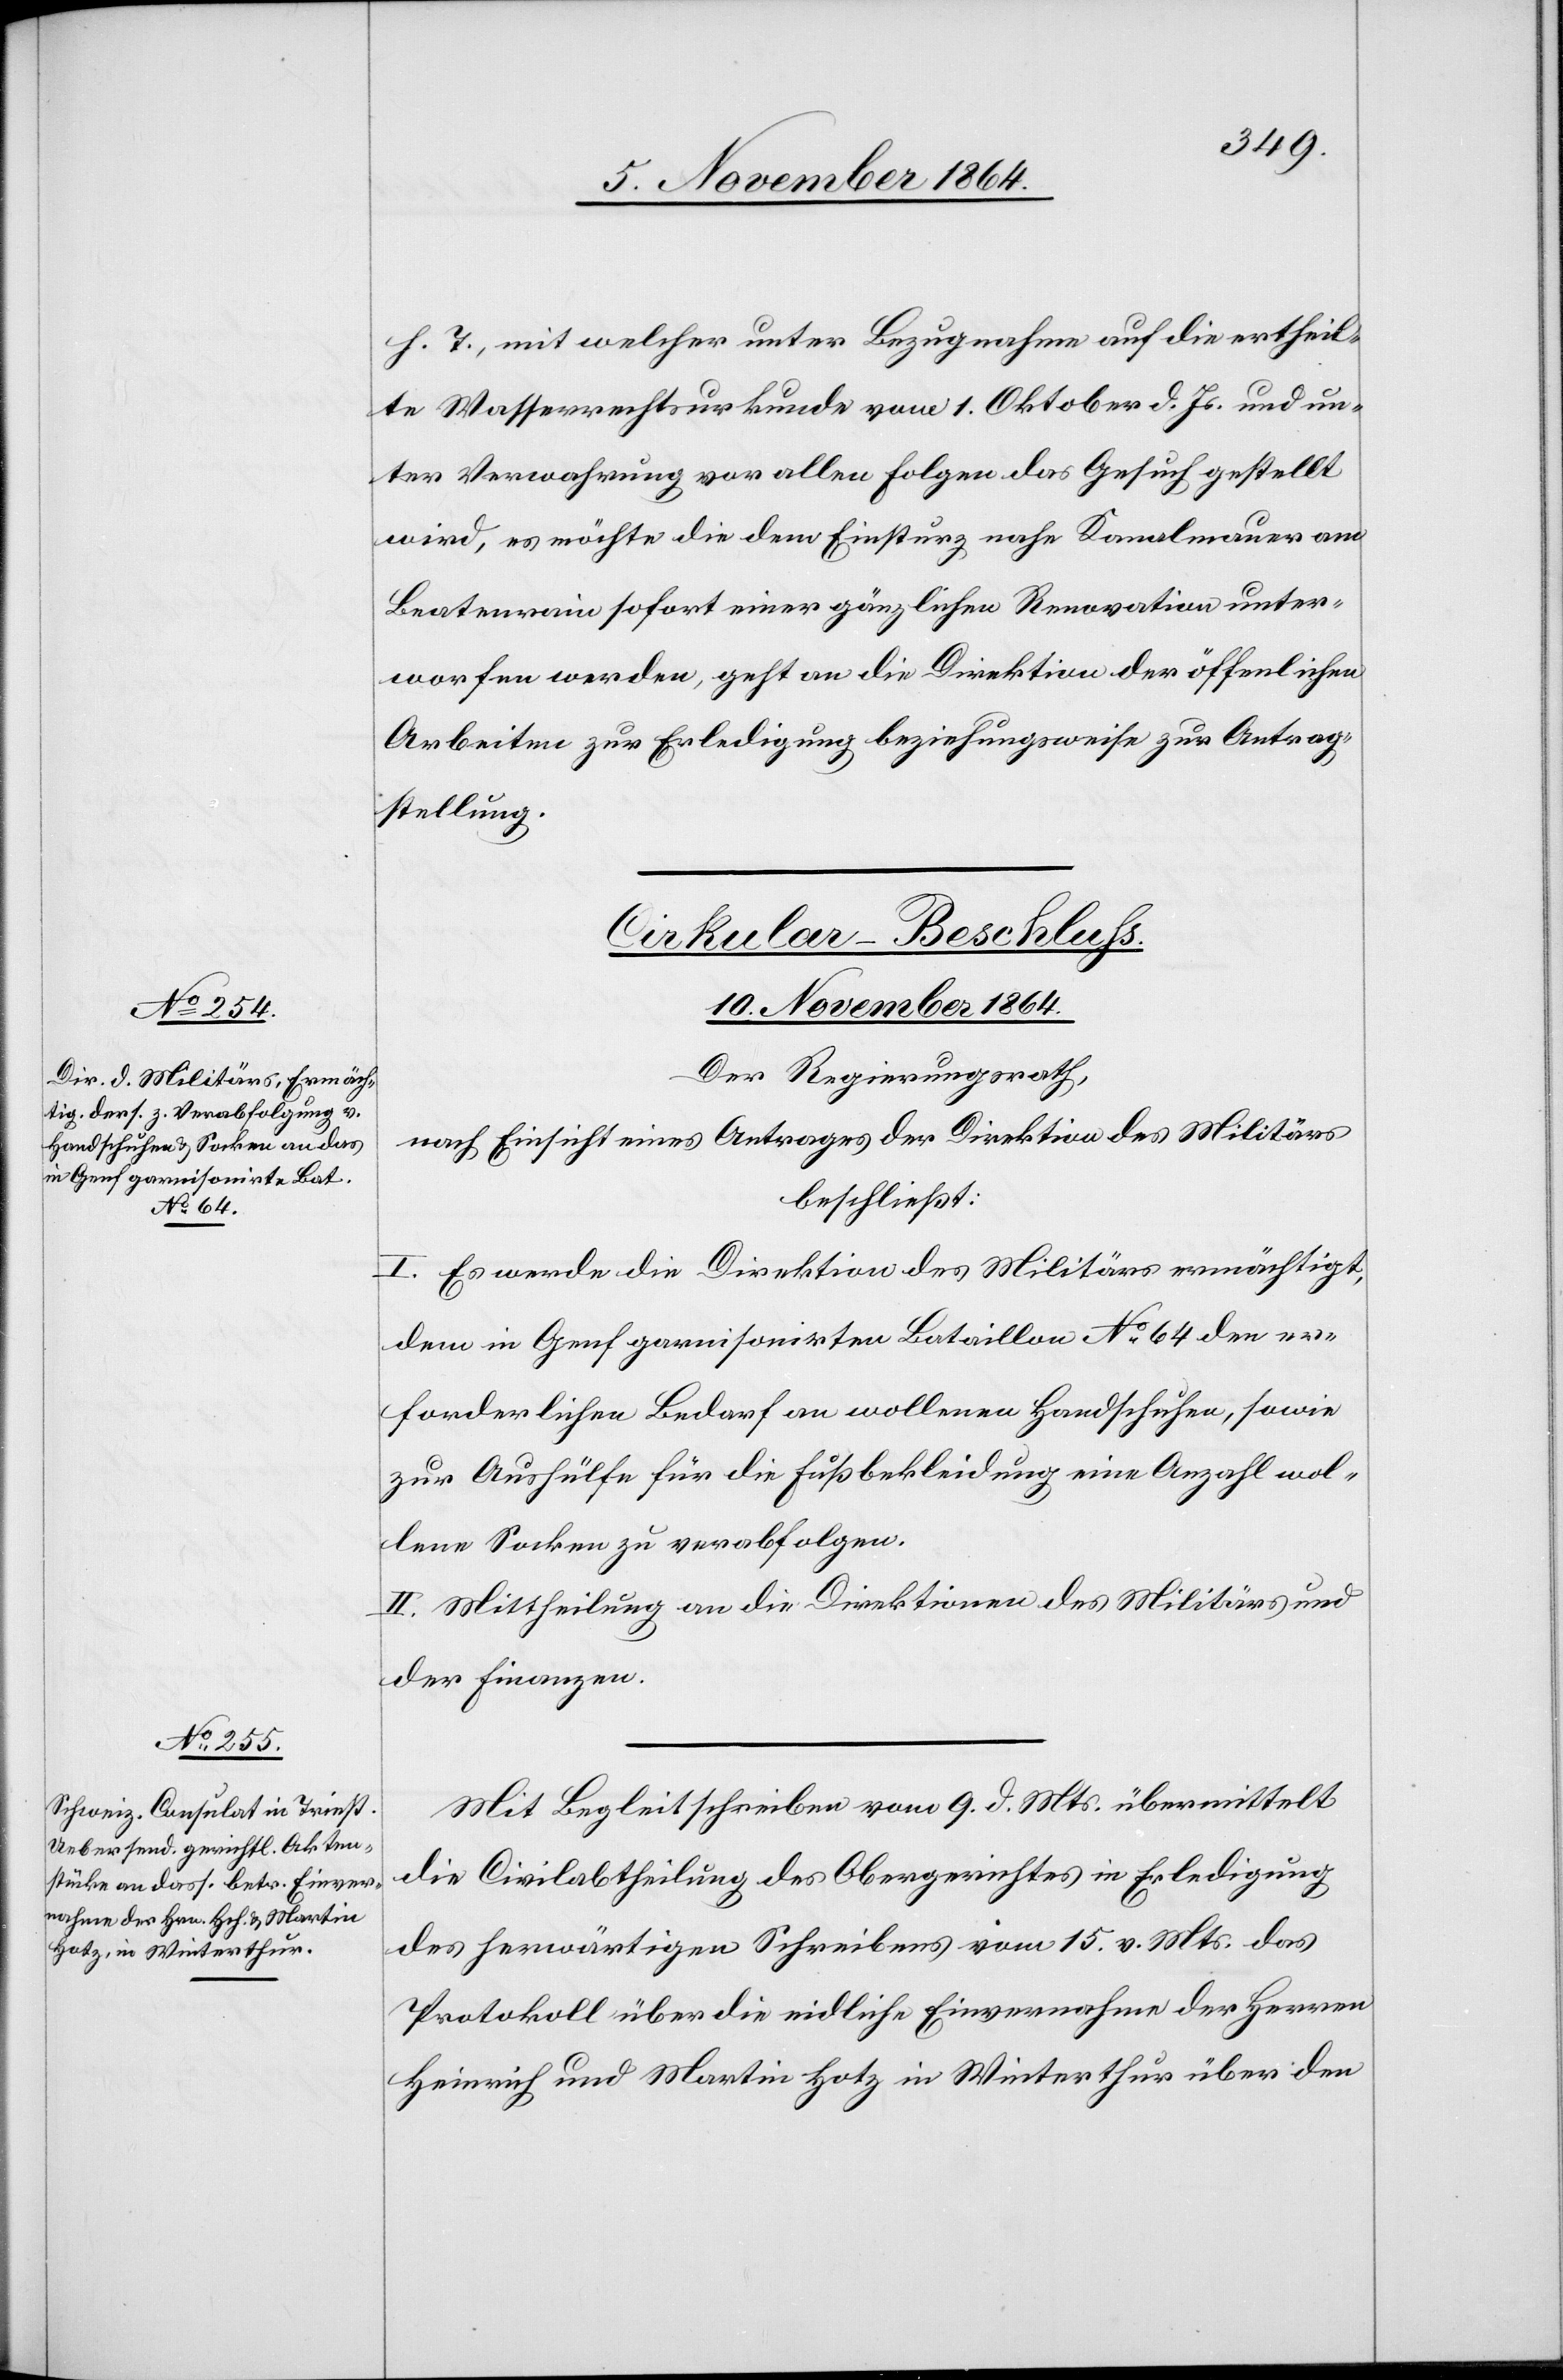
h. T., mit welcher unter Bezugnahme auf die ertheil¬
te Wasserrechtsurkunde vom 1. Oktober d. Js. und un¬
ter Verwahrung vor allen Folgen das Gesuch gestellt
wird, es möchte die dem Einsturz nahe Kanalmauer am
Beatenrain sofort einer gänzlichen Renovation unter¬
worfen werden, geht an die Direktion der öffentlichen
Arbeiten zur Erledigung beziehungsweise zur Antrag¬
stellung.
[Präsidial-Verfügungen.
10. November 1864.]
Der Regierungsrath,
nach Einsicht eines Antrages der Direktion des Militärs
beschließt:
I. Es werde die Direktion des Militärs ermächtigt,
dem in Genf garnisonirten Bataillon No 64 den er¬
forderlichen Bedarf an wollenen Handschuhen, sowie
zur Aushülfe für die Fußbekleidung eine Anzahl wol¬
lene Socken zu verabfolgen.
II. Mittheilung an die Direktionen des Militärs und
der Finanzen.
Mit Begleitschreiben vom 9. d. Mts. übermittelt
die Civilabtheilung des Obergerichtes in Erledigung
des herwärtigen Schreibens vom 15. v. Mts. das
Protokoll über die eidliche Einvernahme der Herren
Heinrich und Martin Hotz in Winterthur über den